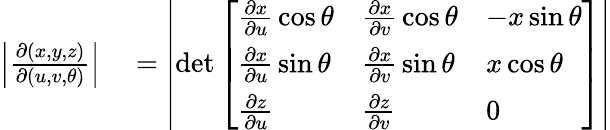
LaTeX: \begin{array}{rl}{\left|{\frac{\partial(x,y,z)}{\partial(u,v,\theta)}}\right|}&{{}=\left|\operatorname*{det}{\left[\begin{array}{lll}{{\frac{\partial x}{\partial u}}\cos\theta}&{{\frac{\partial x}{\partial v}}\cos\theta}&{-x\sin\theta}\\ {{\frac{\partial x}{\partial u}}\sin\theta}&{{\frac{\partial x}{\partial v}}\sin\theta}&{x\cos\theta}\\ {{\frac{\partial z}{\partial u}}}&{{\frac{\partial z}{\partial v}}}&{0}\end{array}\right]}\right|}\end{array}